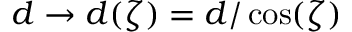
d \rightarrow d ( \zeta ) = d / \cos ( \zeta )